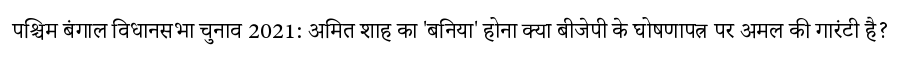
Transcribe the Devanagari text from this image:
पश्चिम बंगाल विधानसभा चुनाव 2021: अमित शाह का 'बनिया' होना क्या बीजेपी के घोषणापत्र पर अमल की गारंटी है?